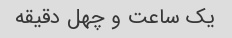
یک ساعت و چهل دقیقه